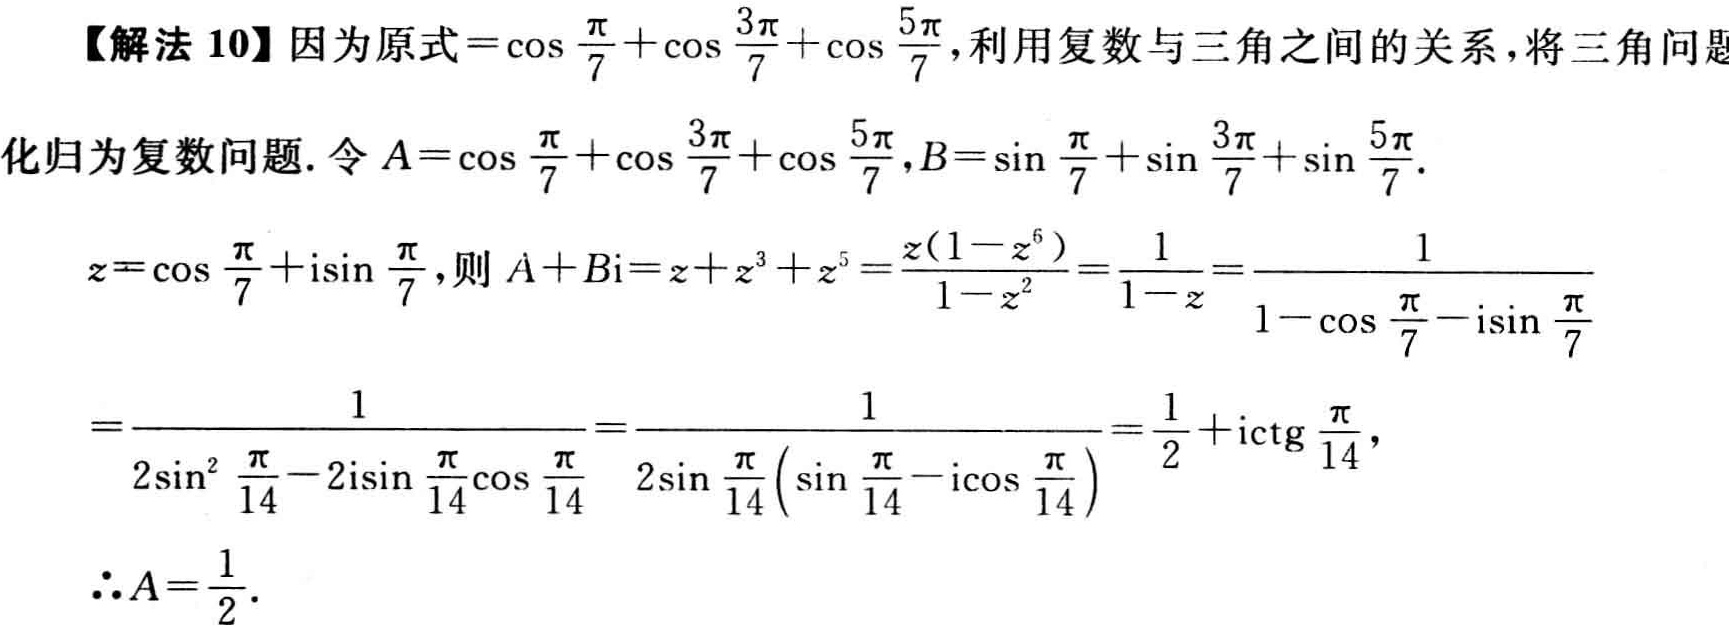
【解法 10】因为原式\(=\cos\frac{\pi}{7}+\cos\frac{3\pi}{7}+\cos\frac{5\pi}{7}\)，利用复数与三角之间的关系，将三角问题化归为复数问题. 令\(A = \cos\frac{\pi}{7}+\cos\frac{3\pi}{7}+\cos\frac{5\pi}{7}\)，\(B=\sin\frac{\pi}{7}+\sin\frac{3\pi}{7}+\sin\frac{5\pi}{7}\).
\(z=\cos\frac{\pi}{7}+i\sin\frac{\pi}{7}\)，则\(A + Bi=z + z^{3}+z^{5}=\frac{z(1 - z^{6})}{1 - z^{2}}=\frac{1}{1 - z}=\frac{1}{1-\cos\frac{\pi}{7}-i\sin\frac{\pi}{7}}\)
\(=\frac{1}{2\sin^{2}\frac{\pi}{14}-2i\sin\frac{\pi}{14}\cos\frac{\pi}{14}}=\frac{1}{2\sin\frac{\pi}{14}(\sin\frac{\pi}{14}-i\cos\frac{\pi}{14})}=\frac{1}{2}+i\mathrm{ctg}\frac{\pi}{14}\)，
\(\therefore A=\frac{1}{2}\).